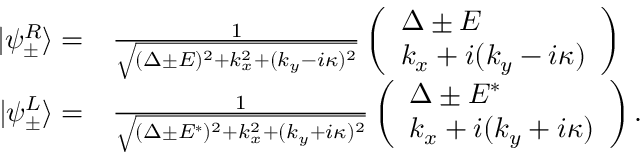
\begin{array} { r l } { | \psi _ { \pm } ^ { R } \rangle = } & { \frac { 1 } { \sqrt { ( \Delta \pm E ) ^ { 2 } + k _ { x } ^ { 2 } + ( k _ { y } - i \kappa ) ^ { 2 } } } \left( \begin{array} { l } { \Delta \pm E } \\ { k _ { x } + i ( k _ { y } - i \kappa ) } \end{array} \right) } \\ { | \psi _ { \pm } ^ { L } \rangle = } & { \frac { 1 } { \sqrt { ( \Delta \pm E ^ { * } ) ^ { 2 } + k _ { x } ^ { 2 } + ( k _ { y } + i \kappa ) ^ { 2 } } } \left( \begin{array} { l } { \Delta \pm E ^ { * } } \\ { k _ { x } + i ( k _ { y } + i \kappa ) } \end{array} \right) . } \end{array}